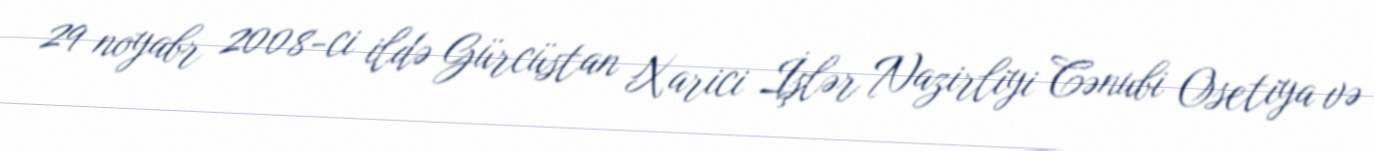
29 noyabr 2008-ci ildə Gürcüstan Xarici İşlər Nazirliyi Cənubi Osetiya və